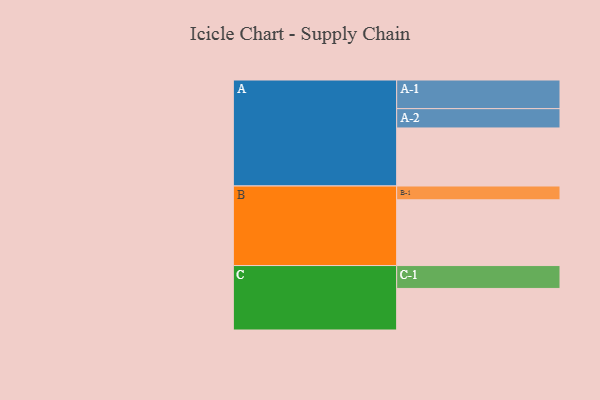
{"axis": {"x": "Segment", "y": "Value"}, "legend": ["", "A", "B", "C"], "data": [{"x": "A", "y": 454, "type": ""}, {"x": "B", "y": 514, "type": ""}, {"x": "C", "y": 325, "type": ""}, {"x": "A-1", "y": 224, "type": "A"}, {"x": "A-2", "y": 151, "type": "A"}, {"x": "B-1", "y": 108, "type": "B"}, {"x": "C-1", "y": 179, "type": "C"}]}